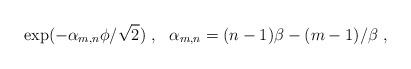
LaTeX: \begin{align*}\exp( - \alpha_{m,n} \phi /\sqrt 2 )\ ,\ \ \alpha_{m,n} = (n-1) \beta - (m-1)/\beta\ ,\end{align*}